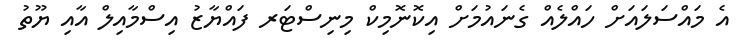
އެ މައްސަލައަށް ހައްލެއް ގެނައުމަށް އިކޮނޮމިކް މިނިސްޓަރ ފައްޔާޒު އިސްމާއިލް އާއި ޔޫތު